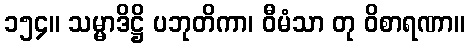
၁၅၄။ သမ္မာဒိဋ္ဌိ ပဘုတိကာ၊ ဝီမံသာ တု ဝိစာရဏာ။